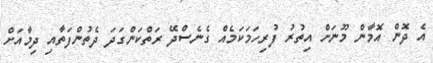
އެ ދޮން އޮމާން މޫނަށް އިތުރު ފުރިހަމަކަމެއް ގެނެސްދޭ ރަތްކަންގަދަ ދެތުންފަތާއި ދިމާއަށް